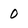
Character: 0